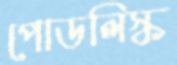
পোডলিস্ক